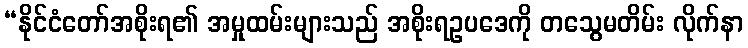
“နိုင်ငံတော်အစိုးရ၏ အမှုထမ်းများသည် အစိုးရဥပဒေကို တသွေမတိမ်း လိုက်နာ